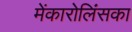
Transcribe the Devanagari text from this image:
मेंकारोलिंसका